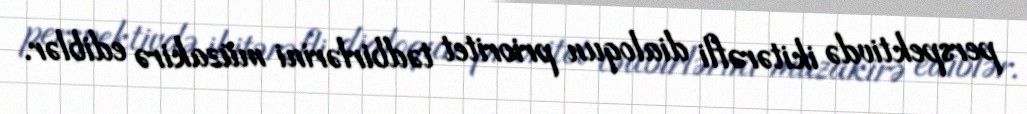
perspektivdə ikitərəfli dialoqun prioritet tədbirlərini müzakirə ediblər.